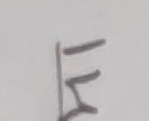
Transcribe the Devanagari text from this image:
ए